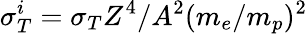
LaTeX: \sigma_{T}^{i}=\sigma_{T}Z^{4}/A^{2}(m_{e}/m_{p})^{2}